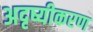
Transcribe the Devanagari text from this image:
अदृष्यीकरण